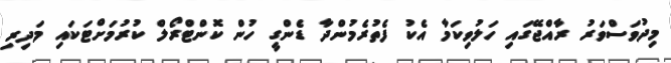
މިދުވަސްވަރު ރާއްޖޭގައި ހަލުވިކަމާ އެކު ފެތުރެމުންދާ ޑެންގީ ހުން ކޮންޓްރޯލް ކުރުމަށްޓަކައި މަދިރި